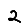
Digit: 2